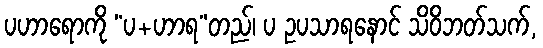
ပဟာရောကို “ပ+ဟာရ”တည်၊ ပ ဥပသာရနောင် သိဝိဘတ်သက်,